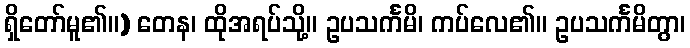
ရှိတော်မူ၏။) တေန၊ ထိုအရပ်သို့။ ဥပသင်္ကမိ၊ ကပ်လေ၏။ ဥပသင်္ကမိတွာ၊